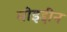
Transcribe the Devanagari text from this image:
मोइद्दीन